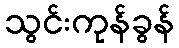
သွင်းကုန်ခွန်